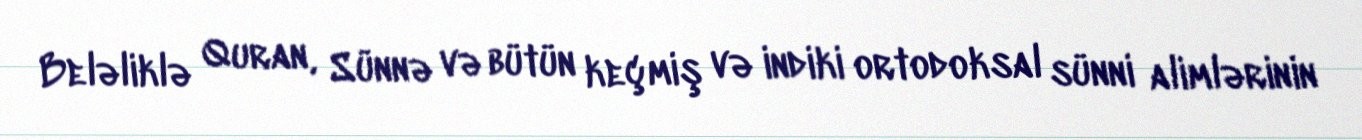
Beləliklə Quran, Sünnə və bütün keçmiş və indiki ortodoksal sünni alimlərinin